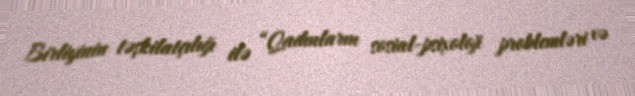
Birliyinin təşkilatçılığı ilə “Qadınların sosial-psixoloji problemləri və